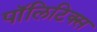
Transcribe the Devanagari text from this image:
पाॅलिटिक्स